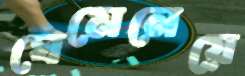
ঘেমেনেয়ে